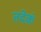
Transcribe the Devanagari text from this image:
तदेकं